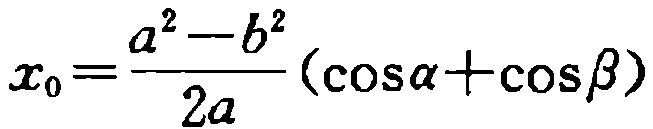
\(x_{0}=\frac{a^{2}-b^{2}}{2a}(\cos\alpha+\cos\beta)\)